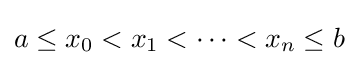
a\leq x_{0}<x_{1}<\dots <x_{n}\leq b